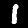
Digit: 1